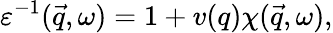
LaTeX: \varepsilon^{-1}(\vec{q},\omega)=1+v(q)\chi(\vec{q},\omega),